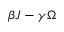
\beta J - \gamma \Omega